Indian journal of veterinary science and animal husbandry - Volume 14,
Year: 1944
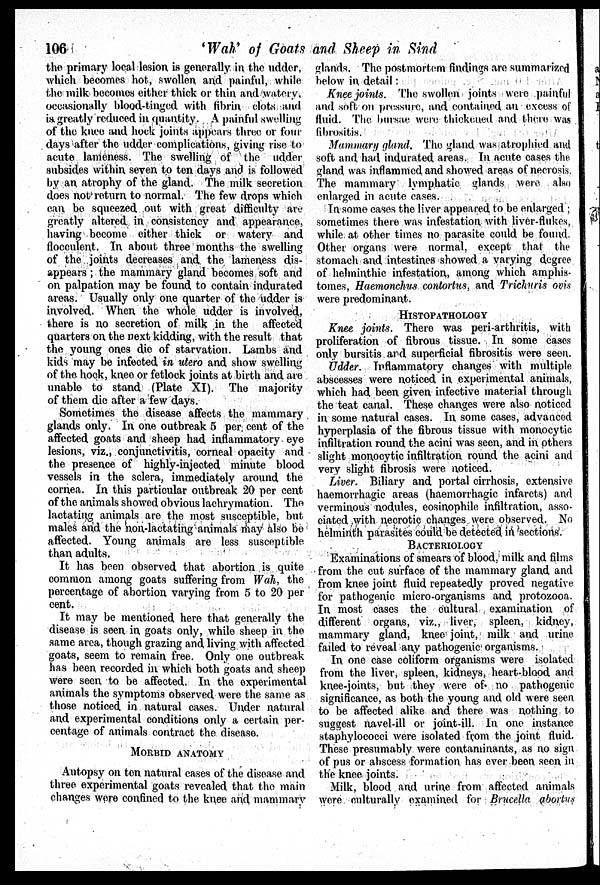
106
'Wah'
of Goats and Sheep in Sind
the primary local lesion is generally in the udder,
which becomes hot, swollen and painful, while
the milk becomes either thick or thin and watery,
occasionally blood-tinged with fibrin clots and
is greatly reduced in quantity. A painful swelling
of the knee and hock joints appears three or four
days after the udder complications, giving rise to
acute lameness. The swelling of the udder
subsides within seven to ten days and is followed
by an atrophy of the gland. The milk secretion
does not return to normal. The few drops which
can be squeezed out with great difficulty are
greatly altered in consistency and appearance,
having become either thick or watery and
flocculent. In about three months the swelling
of the joints decreases and the lameness dis-
appears ; the mammary gland becomes soft and
on palpation may be found to contain indurated
areas. Usually only one quarter of the udder is
involved. When the whole udder is involved,
there is no secretion of milk in the affected
quarters on the next kidding, with the result that
the young ones die of starvation. Lambs and
kids may be infected in utero and show swelling
of the hock, knee or fetlock joints at birth and are
unable to stand (Plate XI). The majority
of them die after a few days.
Sometimes the disease affects the mammary
glands only. In one outbreak 5 per cent of the
affected goats and sheep had inflammatory eye
lesions, viz., conjunctivitis, corneal opacity and
the presence of highly-injected minute blood
vessels in the sclera, immediately around the
cornea. In this particular outbreak 20 per cent
of the animals showed obvious lachrymation. The
lactating animals are the most susceptible, but
males and the non-lactating animals may also be
affected. Young animals are less susceptible
than adults.
It has been observed that abortion is quite
common among goats suffering from Wah, the
percentage of abortion varying from 5 to 20 per
cent.
It may be mentioned here that generally the
disease is seen in goats only, while sheep in the
same area, though grazing and living with affected
goats, seem to remain free. Only one outbreak
has been recorded in which both goats and sheep
were seen to be affected. In the experimental
animals the symptoms observed were the same as
those noticed in natural cases. Under natural
and experimental conditions only a certain per-
centage of animals contract the disease.
MORBID ANATOMY
Autopsy on ten. natural cases of the disease and
three experimental goats revealed that the main
changes were confined to the knee and mammary
glands. The postmortem findings are summarized
below in detail :
Knee joints. The swollen joints were painful-
and soft on pressure, and contained an excess of
fluid. The bursae were thickened and there was
fibrositis.
Mammary gland. The gland was atrophied and
soft and had indurated areas. In acute cases the
gland was inflammed and showed areas of necrosis,
The mammary lymphatic glands were also
enlarged in acute cases.
In some cases the liver appeared to be enlarged ;
sometimes there was infestation with liver-flukes,
while at other times no parasite could be found.
Other organs were normal, except that the
stomach and intestines showed a varying degree
of helminthic infestation, among which amphis-
tomes, Haemonchus contortus, and Trichuris ovis
were predominant.
HISTOPATHOLOGY
Knee joints. There was peri-arthritis, with
proliferation of fibrous tissue. In some cases
only bursitis and superficial fibrositis were seen.
Udder. Inflammatory changes with multiple
abscesses were noticed in experimental animals,
which had been given infective material through
the teat canal. These changes were also noticed
in some natural cases. In some cases, advanced
hyperplasia of the fibrous tissue with monocytic
infiltration round the acini was seen, and in others
slight monocytic infiltration round the acini and
very slight fibrosis were noticed.
Liver. Biliary and portal cirrhosis, extensive
haemorrhagic areas (haemorrhagic infarcts) and
verminous nodules, eosinophile infiltration, asso-
ciated with necrotic changes were observed. No
helminth parasites could be detected in sections.
BACTERIOLOGY
Examinations of smears of blood, milk and films
from the cut surface of the mammary gland and
from knee joint fluid repeatedly proved negative
for pathogenic micro-organisms and protozooa.
In most cases the cultural examination of
different organs, viz., liver, spleen, kidney,
mammary gland, knee joint, milk and urine
failed to reveal any pathogenic organisms.
In one case coliform organisms were isolated
from the liver, spleen, kidneys, heart-blood and
knee-joints, but they were of no pathogenic
significance, as both the young and old were seen
to be affected alike and there was nothing to
suggest navel-ill or joint-ill. In one instance
staphylococci were isolated from the joint fluid.
These presumably were contaminants, as no sign
of pus or abscess formation has ever been seen in
the knee joints.
Milk, blood and urine from affected animals
were culturally examined for Brucella abortus